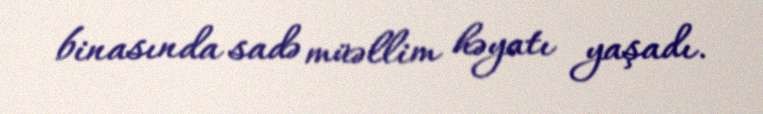
binasında sadə müəllim həyatı yaşadı.